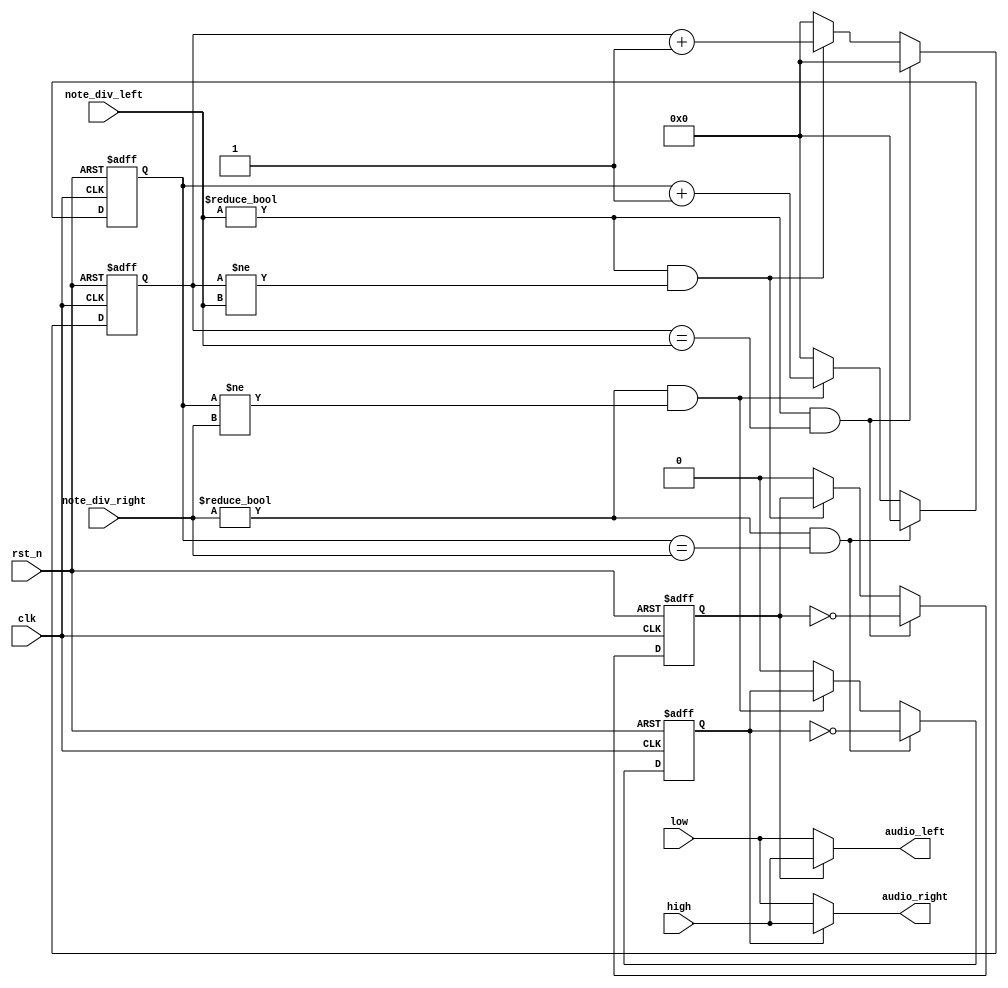
`timescale 1ns / 1ps
//////////////////////////////////////////////////////////////////////////////////
// Company: 
// Engineer: 
// 
// Design Name: 
// Module Name: buzzer_ctl
// Project Name: 
// Target Devices: 
// Tool Versions: 
// Description: 
// 
// Dependencies: 
// 
// Revision:
// Revision 0.01 - File Created
// Additional Comments:
// 
//////////////////////////////////////////////////////////////////////////////////


module buzzer_ctl ( clk, rst_n, /*input*/note_div_left, note_div_right, high, low,
    /*output*/ audio_left, audio_right );

    input clk, rst_n;
    input [21:0] note_div_left, note_div_right;
    input [15:0] high, low;

    output [15:0] audio_left, audio_right;

    reg [21:0] left_clk_cnt, left_clk_cnt_next;
    reg [21:0] right_clk_cnt, right_clk_cnt_next;
    reg left_clk, left_clk_next;
    reg right_clk, right_clk_next;

    //note frequency generation left
    always @*
    if ( ( note_div_left != 22'd0 ) && ( left_clk_cnt == note_div_left ) )
        begin
            left_clk_cnt_next = 22'd0;
            left_clk_next = ~left_clk;
        end
    else if ( ( note_div_left != 22'd0 ) && ( left_clk_cnt != note_div_left ) )
        begin
            left_clk_cnt_next = left_clk_cnt + 1'b1;
            left_clk_next = left_clk;
        end
    else
        begin
            left_clk_cnt_next = 22'd0;
            left_clk_next = 1'b0;
        end

        //note frequency generation right
    always @*
    if ( ( note_div_right != 22'd0 ) && ( right_clk_cnt == note_div_right ) )
        begin
            right_clk_cnt_next = 22'd0;
            right_clk_next = ~right_clk;
        end
    else if ( ( note_div_right != 22'd0 ) && ( right_clk_cnt != note_div_right ) )
        begin
            right_clk_cnt_next = right_clk_cnt + 1'b1;
            right_clk_next = right_clk;
        end
    else
        begin
            right_clk_cnt_next = 22'd0;
            right_clk_next = 1'b0;
        end

    always @( posedge clk or negedge rst_n )
    if ( ~rst_n )
        begin
            left_clk_cnt <= 22'd0;
            left_clk <= 1'b0;
            right_clk_cnt <= 22'd0;
            right_clk <= 1'b0;
        end
    else
        begin
            left_clk_cnt <= left_clk_cnt_next;
            left_clk <=left_clk_next;
            right_clk_cnt <= right_clk_cnt_next;
            right_clk <=right_clk_next;
        end

        //assign the amplitude of the note
    assign audio_left = ( left_clk == 1'b1 ) ? high : low;
    assign audio_right = ( right_clk == 1'b1 ) ? high : low;

endmodule